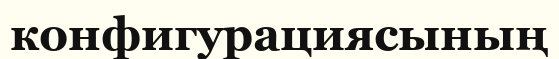
конфигурациясының